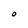
Character: 0